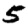
Digit: 5